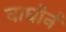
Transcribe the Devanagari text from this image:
वाघोर्न